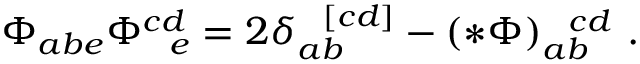
\Phi _ { a b e } \Phi _ { \ \ e } ^ { c d } = 2 \delta _ { a b } ^ { \ \ [ c d ] } - ( * \Phi ) _ { a b } ^ { \ \ c d } \ .